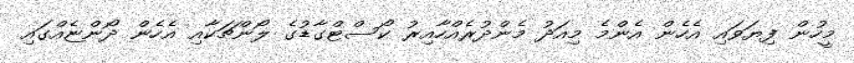
މީހުން ފިޔަވައި އެހެން އެންމެ މިއަދު މެންދުރެއްހާއިރު ކޯސްޓްގާޑުގެ ލޯންޗަކާއި އެހެން ދޯންޏެއްގައި